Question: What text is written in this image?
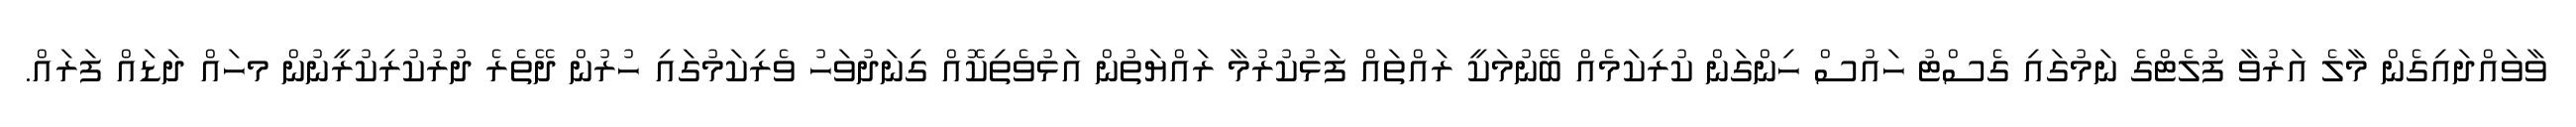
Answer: ވާވައްދައިގެން މާލެ އަރުވާ ފުލެޓްގެ ނަމުގައި ގެސްޓު ހައުސް ހިންގަން ކުރިކަމެއް ބޭނުމަކީ ރައްތައް ފަޅުކުރުމާ ރައްޔަތުން އަޅުވެތިކޮއް ގިނަދުވަހު ވެރިކަމުގައި ހުރުން ދޭތެރެ ދުރުކުރިކުރީނުން މހައް ދަޑައް ފަރައް.